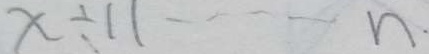
x \div 1 1 \cdots n .